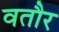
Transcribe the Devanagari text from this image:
वतौर